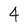
Character: 4